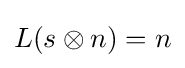
L(s\otimes n)=n